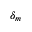
\delta _ { m }